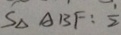
S _ { \Delta } A B F : \frac { 1 } { 2 }